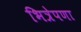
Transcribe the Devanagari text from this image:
भित्रेपणा